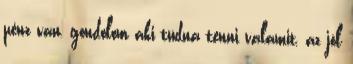
pénz van, gondolom aki tudna tenni valamit, az jól